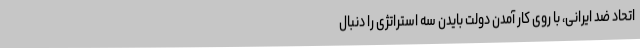
اتحاد ضد ایرانی، با روی کار آمدن دولت بایدن سه استراتژی را دنبال